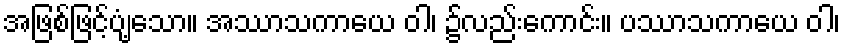
အဖြစ်ဖြင့်ပျံ့သော။ အဿာသကာယေ ဝါ၊ ၌လည်းကောင်း။ ပဿာသကာယေ ဝါ၊